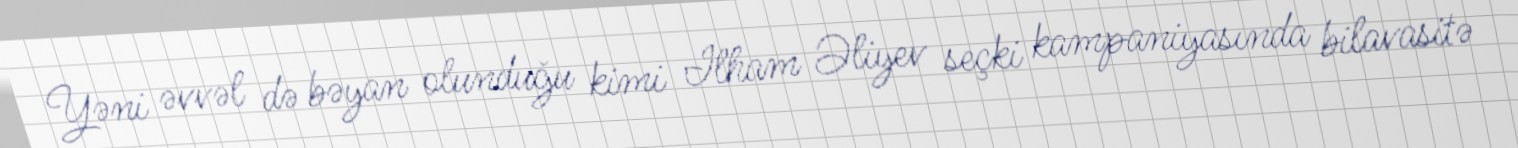
Yəni əvvəl də bəyan olunduğu kimi Ilham Əliyev seçki kampaniyasında bilavasitə